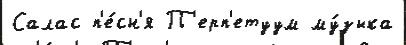
Салас п'е́сн'я П'ерп'етуум му́зыка